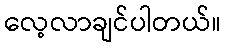
လေ့လာချင်ပါတယ်။